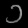
Digit: ၁